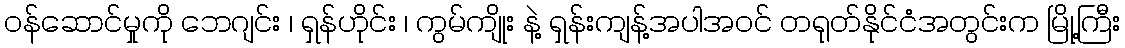
ဝန်ဆောင်မှုကို ဘေဂျင်း ၊ ရှန်ဟိုင်း ၊ ကွမ်ကျိုး နဲ့ ရှန်းကျန့်အပါအဝင် တရုတ်နိုင်ငံအတွင်းက မြို့ကြီး